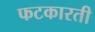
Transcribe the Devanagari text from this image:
फटकारती